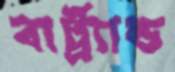
বার্ট্র্যান্ড